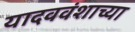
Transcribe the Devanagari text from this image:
यादववंशाच्या